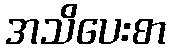
အသိပေးစာ